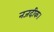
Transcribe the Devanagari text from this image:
नजदीक।